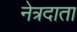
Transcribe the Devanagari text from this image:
नेत्रदाता